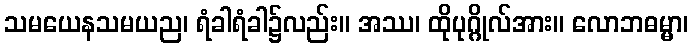
သမယေနသမယည၊ ရံခါရံခါ၌လည်း။ အဿ၊ ထိုပုဂ္ဂိုလ်အား။ လောဘဓမ္မာ၊